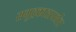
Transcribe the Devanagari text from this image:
समुद्रकाठापर्यंत